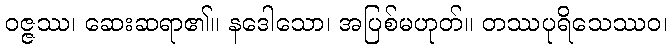
ဝဇ္ဇဿ၊ ဆေးဆရာ၏။ နဒေါသော၊ အပြစ်မဟုတ်။ တဿပုရိသေဿဝ၊